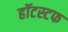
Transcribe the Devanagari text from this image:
हॉटस्टफ